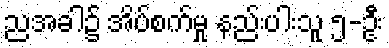
ညအခါ၌ အိပ်စက်မှု နည်းပါးသူ ၅-ဦး